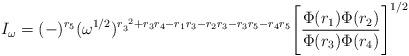
LaTeX: \begin{align*}I_{\omega}=(-)^{r_5}(\omega^{1/2})^{r^{~2}_3+r_3r_4-r_1r_3-r_2r_3-r_3r_5-r_4r_5}\Bigg[\frac{\Phi(r_1)\Phi(r_2)}{\Phi(r_3)\Phi(r_4)}\Bigg]^{1/2}\end{align*}